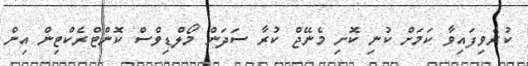
ކުރެވިފައިވާ ކަމަށް ކުނި ކޮށި މެނޭޖް ކުރާ ސަދަން މޯލްޑިވްސް ކޮންޓްރެކްޓިން އިން